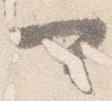
可